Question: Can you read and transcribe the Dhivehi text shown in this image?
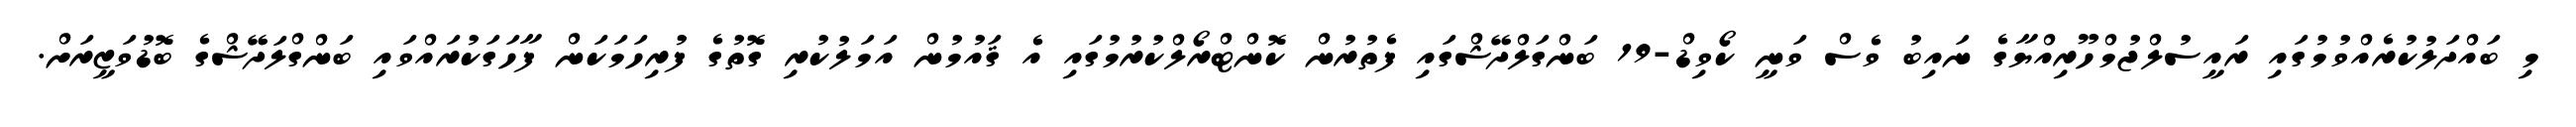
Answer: މި ބައްދަލުކުރެއްވުމުގައި ރައީސުލްޖުމްހޫރިއްޔާގެ ނައިބު ވެސް ވަނީ ކޯވިޑް-19 ބަންގަލްދޭޝްގައި ފެތުރުން ކޮންޓްރޯލްކުރުމުގައި އެ ޤައުމުން އަމަލުކުރި ގޮތުގެ ފުރިހަމަކަން ފާހަގަކުރައްވައި ބަންގްލަދޭޝްގެ ބޮޑުވަޒީރަށް.